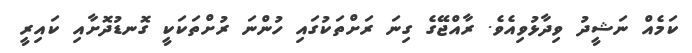
ކަމެއް ނަޝީދު ވިދާޅުވިއެވެ. ރާއްޖޭގެ ގިނަ ރަށްތަކުގައި ހުންނަ ރުށްތަކަކީ ގޮނޑުދޮށާއި ކައިރީ